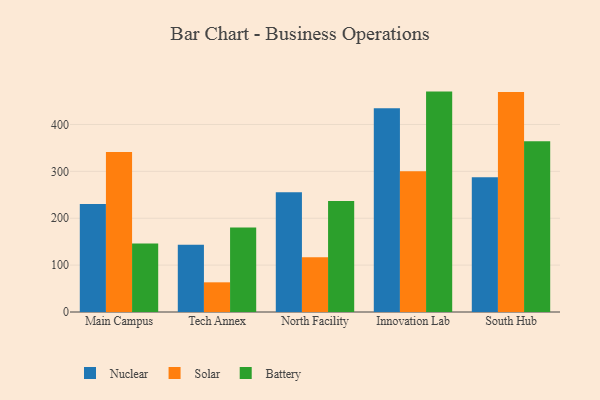
{"axis": {"x": "Campus", "y": "Energy Usage (MWh)"}, "legend": ["Battery", "Nuclear", "Solar"], "data": [{"x": "Main Campus", "y": 230.5, "type": "Nuclear"}, {"x": "Main Campus", "y": 341.3, "type": "Solar"}, {"x": "Main Campus", "y": 146.1, "type": "Battery"}, {"x": "Tech Annex", "y": 143.3, "type": "Nuclear"}, {"x": "Tech Annex", "y": 63.3, "type": "Solar"}, {"x": "Tech Annex", "y": 180.3, "type": "Battery"}, {"x": "North Facility", "y": 255.2, "type": "Nuclear"}, {"x": "North Facility", "y": 117.0, "type": "Solar"}, {"x": "North Facility", "y": 237.0, "type": "Battery"}, {"x": "Innovation Lab", "y": 434.6, "type": "Nuclear"}, {"x": "Innovation Lab", "y": 300.1, "type": "Solar"}, {"x": "Innovation Lab", "y": 470.1, "type": "Battery"}, {"x": "South Hub", "y": 287.5, "type": "Nuclear"}, {"x": "South Hub", "y": 469.2, "type": "Solar"}, {"x": "South Hub", "y": 364.3, "type": "Battery"}]}